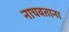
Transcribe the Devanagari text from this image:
नाचवताना